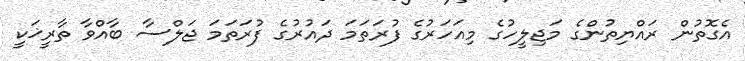
އެގޮތުން ރައްޔިތުންގެ މަޖިލީހުގެ މިއަހަރުގެ ފުރަތަމަ ދައުރުގެ ފުރަތަމަ ޖަލްސާ ބާއްވާ ތާރީޚަކީ